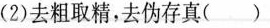
(2)去粗取精，去伪存真()